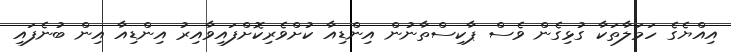
އިއްޔެގެ ހަމަލާތަކާ ގުޅިގެން ވެސް ޕާކިސްތާނުން އިންޑިއާ ކުށްވެރިކޮށްފައިވާއިރު އިންޑިއާ އިން ބުނެފައި